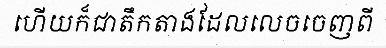
ហើយក៏ជាតឹកតាងដែលលេចចេញពី